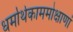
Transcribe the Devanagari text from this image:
धर्मार्थकाममोक्षाणां